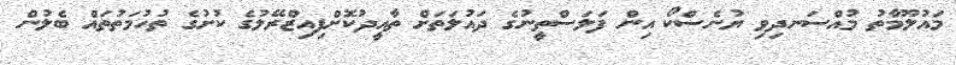
މައުލޫމާތު މުއްސަނދިވި ޔުނެސްކޯ އިން ފަލަސްތީނުގެ ދައުލަތަށް ތާއީދުކޮށްފިއިޒްރޭލުގެ ކުށުގެ ތުހުމަތުތައް ބެލުން